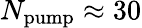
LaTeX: N_{\mathrm{pump}}\approx 30